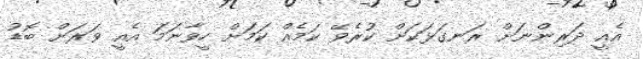
އެއީ ދަރިންނަށް ރަނގަޅަކަށް ކުރެވޭ ކަމެއް ކަމަށް ހީވާނަމަ އެއީ ވަރަށް ބޮޑު